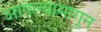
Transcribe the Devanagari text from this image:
आपल्यामागून